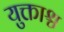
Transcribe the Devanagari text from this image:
युक्ताश्च